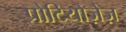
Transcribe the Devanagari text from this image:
प्रोटियोज़ेज़